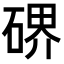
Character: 𥔅